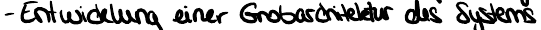
- Entwicklung einer Grobarchitektur des Systems